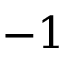
- 1